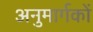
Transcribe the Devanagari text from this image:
अनुमार्गकों